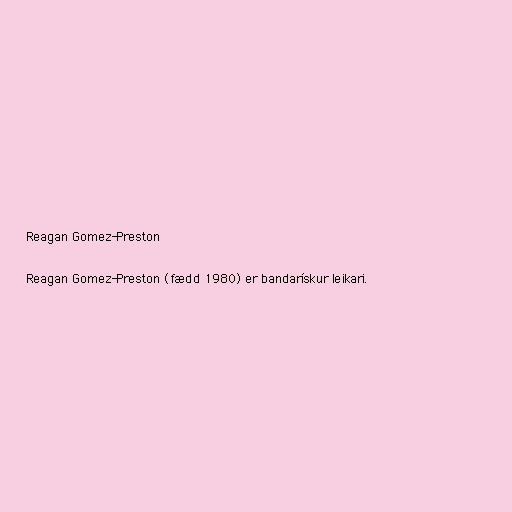
Reagan Gomez-Preston

Reagan Gomez-Preston (fædd 1980) er bandarískur leikari.